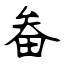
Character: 畚